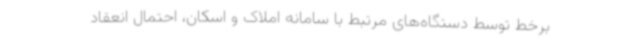
برخط توسط دستگاه‌های مرتبط با سامانه املاک و اسکان، احتمال انعقاد